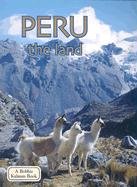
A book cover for Peru the Land (Lands, Peoples, & Cultures); Bobbie Kalman; Children's Books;